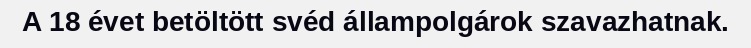
A 18 évet betöltött svéd állampolgárok szavazhatnak.